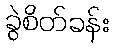
ခွဲစိတ်ခန်း